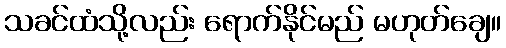
သခင်ထံသို့လည်း ရောက်နိုင်မည် မဟုတ်ချေ။